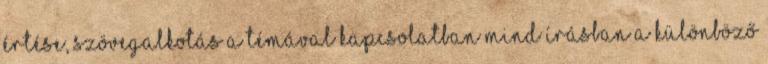
értése, szövegalkotás a témával kapcsolatban mind írásban a különböző